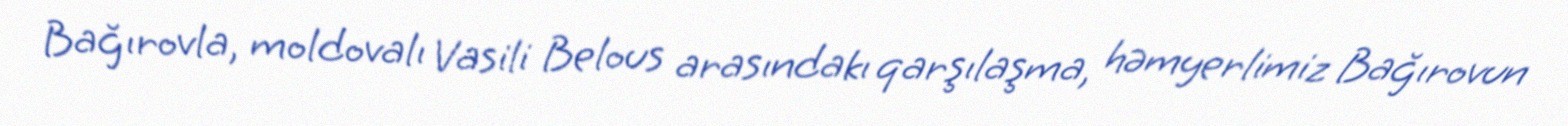
Bağırovla, moldovalı Vasili Belous arasındakı qarşılaşma, həmyerlimiz Bağırovun